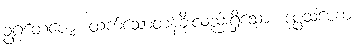
ဥဂ္ဂတေဇော၊ ထက်သောတန်ခိုးလည်းရှိသော။ ဒုပ္ပသဟော၊